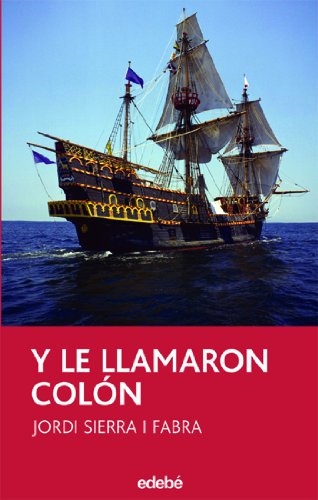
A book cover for Y le llamaron Colon / And They Called Him Colombus (Periscopio) (Spanish Edition); Jordi Sierra I Fabra; Teen & Young Adult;